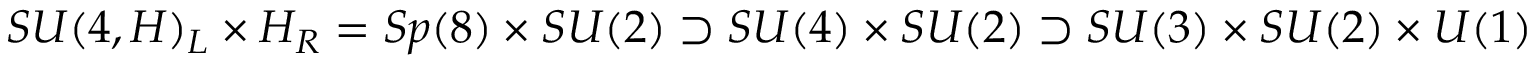
S U ( 4 , H ) _ { L } \times H _ { R } = S p ( 8 ) \times S U ( 2 ) \supset S U ( 4 ) \times S U ( 2 ) \supset S U ( 3 ) \times S U ( 2 ) \times U ( 1 )